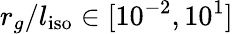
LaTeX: r_{g}/l_{\mathrm{iso}}\in[10^{-2},10^{1}]